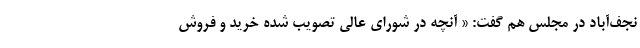
نجف‌آباد در مجلس هم گفت: « آنچه در شورای عالی تصویب شده خرید و فروش